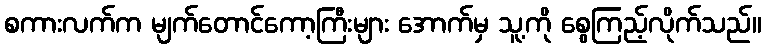
စကားလက်က မျက်တောင်ကော့ကြီးများ အောက်မှ သူ့ကို စွေကြည့်လိုက်သည်။